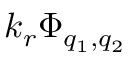
k _ { r } \Phi _ { q _ { 1 } , q _ { 2 } }